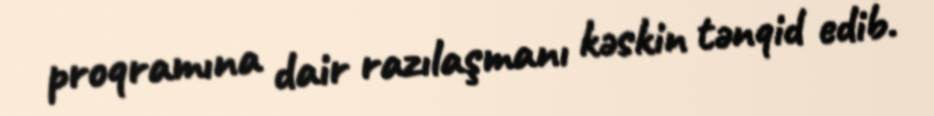
proqramına dair razılaşmanı kəskin tənqid edib.